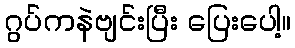
ဂွပ်ကနဲဗျင်းပြီး ပြေးပေါ့။